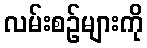
လမ်းစဉ်များကို